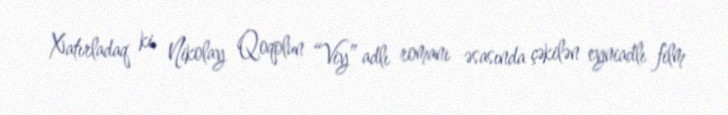
Xatırladaq ki, Nikolay Qoqolun “Viy” adlı romanı əsasında çəkilən eyniadlı film